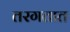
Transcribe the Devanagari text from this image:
तरगतात